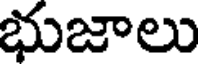
భుజాలు